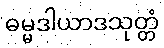
ဓမ္မဒါယာဒသုတ္တံ